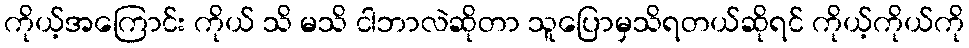
ကိုယ့်အကြောင်း ကိုယ် သိ မသိ ငါဘာလဲဆိုတာ သူပြောမှသိရတယ်ဆိုရင် ကိုယ့်ကိုယ်ကို